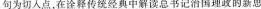
句为切人点，在诠释传统经典中解读总书记治国理政的新恩